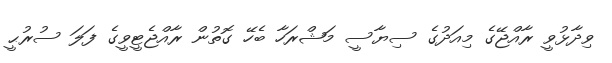
ވިދާޅުވީ ރާއްޖޭގެ މިއަދުގެ ސިޔާސީ މަޝްރަހާ ބެހޭ ގޮތުން ރާއްޖެޓީވީގެ ފަލަ ސުރުޙީ